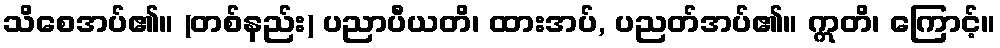
သိစေအပ်၏။ (တစ်နည်း) ပညာပီယတိ၊ ထားအပ်, ပညတ်အပ်၏။ ဣတိ၊ ကြောင့်။